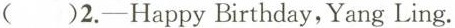
()2.-Happy Birthday,Yang Ling.